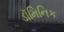
ડૉમિનિક